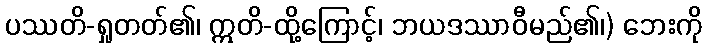
ပဿတိ-ရှုတတ်၏၊ ဣတိ-ထို့ကြောင့်၊ ဘယဒဿာဝီမည်၏၊) ဘေးကို